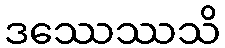
ဒဿေဿသိ